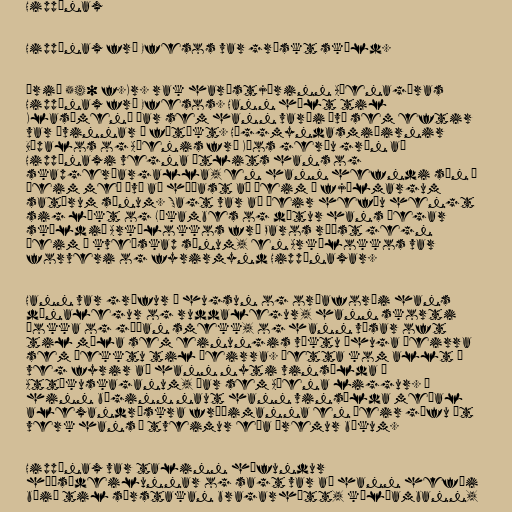
Hippónax

Hippónax frá Efesos var grískt skáld.

Árið 540 f.Kr. rak harðstjórinn Aþenagóras
Hippónax frá Efesos. Hann hélt til
Klasómenæ þar sem hann varði því sem eftir
var ævinnar í fátækt. Höggmyndasmiðirnir
Búpalos og Aþenis frá Kíos gerðu grín að
Hippónaxi vegna útlits hans og
skapgerðargalla, en hann hefndi sín á
þeim með því að hæðast að þeim í fjölmargum
satírum sínum. Sagt var að þeir hefðu hengt
sig líkt og Lýkambes og dætur hans þegar
skáldið Arkílokkos frá Paros réðst gegn
þeim í kveðskap sínum, en Arkílokkos var
forveri og fyrirmynd Hippónaxar.

Hann var grófur í hugsun og orðaforði hans
dónalegur og ruddalegur, hann skorti
þokka og góðan smekk, og hann vísar oft
til mála sem einungis vöktu áhuga þeirra
sem þekktu til þeirra. Þetta kom allt í
veg fyrir að hann nyti vinsælda á
Attíkuskaganum, þar sem Aþena liggur. Á
hinn bóginn naut hann vinsælda meðal
alexandrískra fræðimanna en þeir gáfu út
verk hans í tveimur eða þremur bókum.

Hippónax var talinn höfundur
háðsádeilunnar og sagt var að hann hefði
búið til sérstakan bragarhátt, kólíambann,